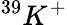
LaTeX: ^{39}K^{+}